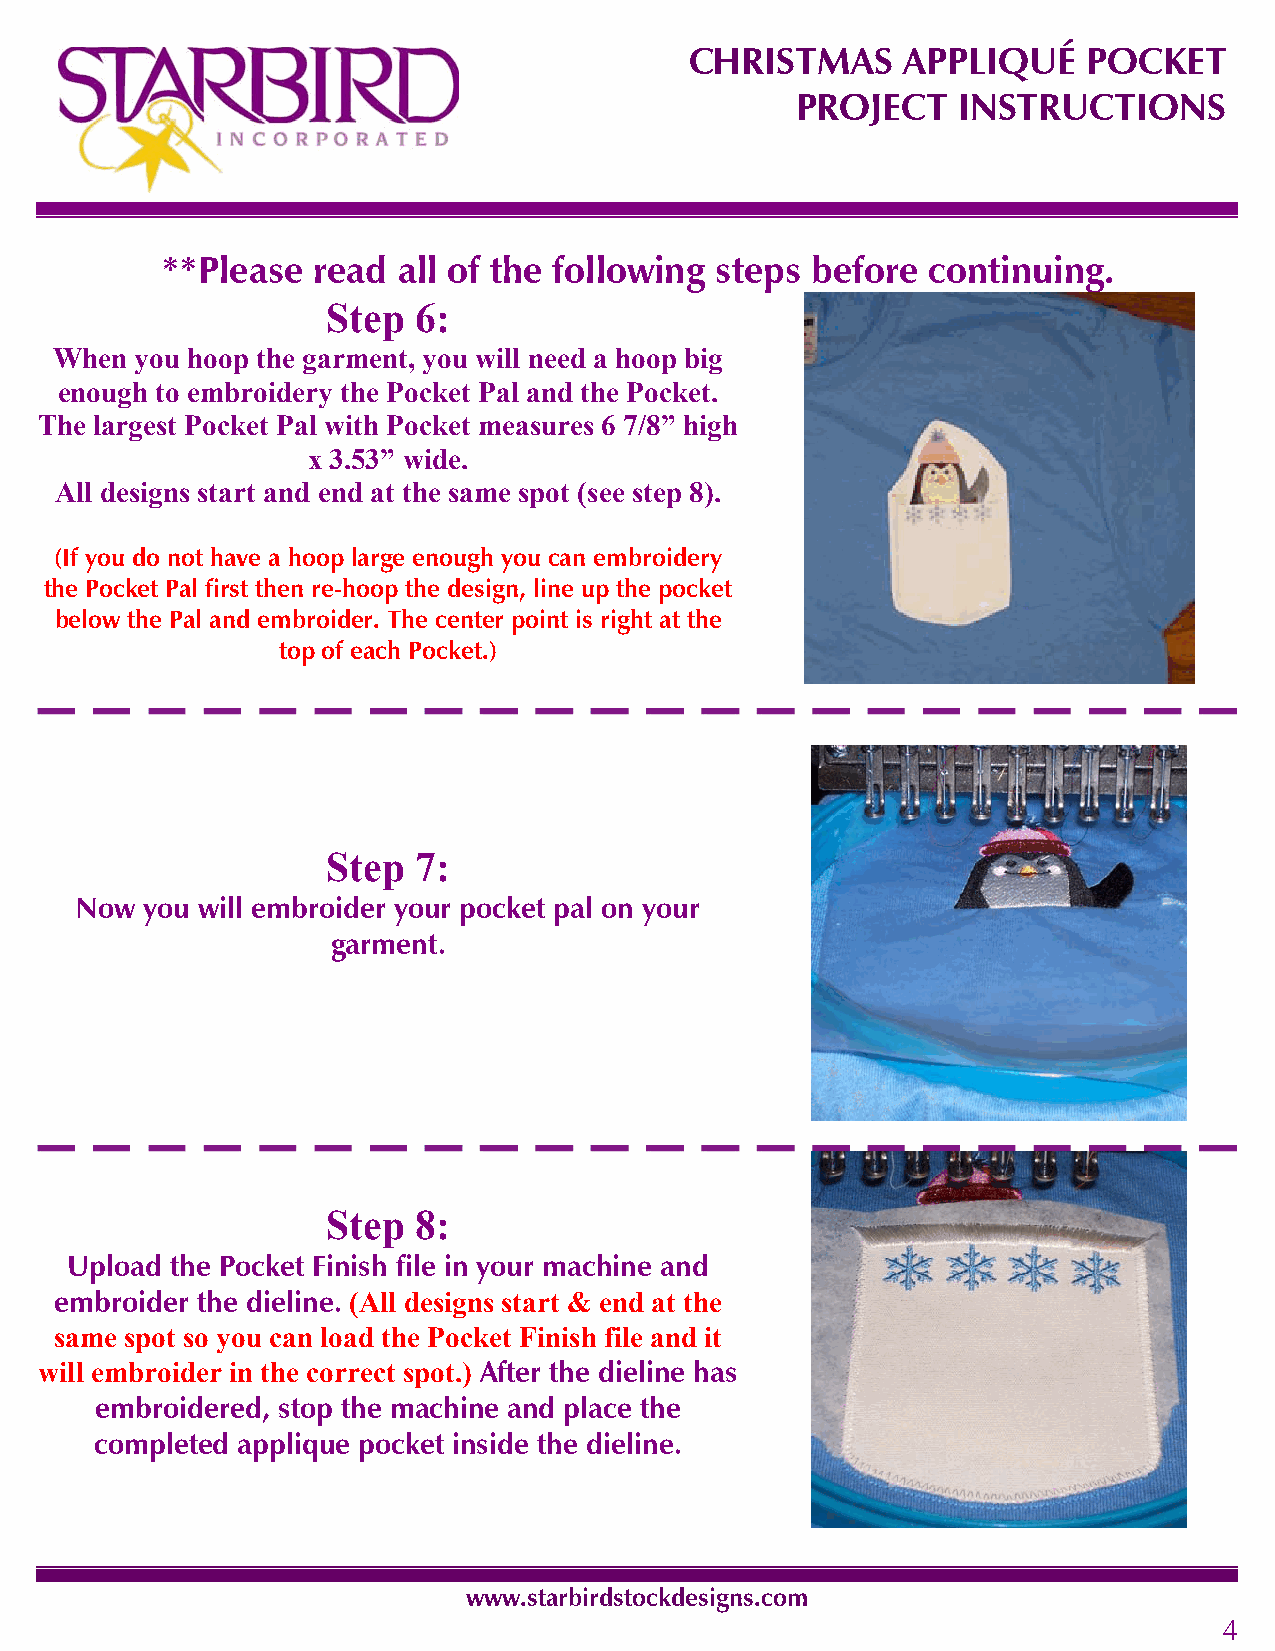
CHRISTMAS     APPLIQUÉ    POCKET
 PROJECT   INSTRUCTIONS
 **Please  read all of the following steps  before continuing.
 Step 6:
 When you hoop the garment, you will need a hoop big
 enough to embroidery the Pocket Pal and the Pocket.
 The largest Pocket Pal with Pocket measures 6 7/8” high
 x 3.53” wide.
 All designs start and end at the same spot (see step 8).
 (If you do not have a hoop large enough you can embroidery
 the Pocket Pal first then re-hoop the design, line up the pocket
 below the Pal and embroider. The center point is right at the
 top of each Pocket.)
 Step 7:
 Now you will embroider your pocket pal on your
 garment.
 Step 8:
 Upload the Pocket Finish file in your machine and
 embroider the dieline. (All designs start & end at the
 same spot so you can load the Pocket Finish file and it
 will embroider in the correct spot.) After the dieline has
 embroidered, stop the machine and place the
 completed applique pocket inside the dieline.
 www.starbirdstockdesigns.com
 4